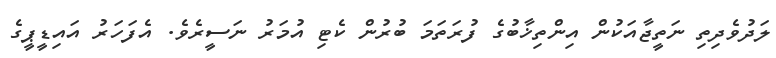
ލަދުވެދިތި ނަތީޖާއަކުން އިންތިޚާބުގެ ފުރަތަމަ ބުރުން ކެޓި އުމަރު ނަސީރެވެ. އެފަހަރު އައިޑީޕީގެ